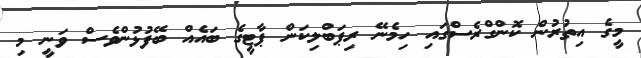
މީގެ އިތުރުން ކޮންގްރެސްގައި ހިމެނޭ ރިޕަބްލިކަން ޕާޓީގެ ބައެއް ބޭފުޅުންވެސް ވަނީ މި